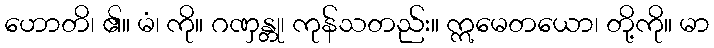
ဟောတိ၊ ၏။ မံ၊ ကို။ ဂဏှန္တု၊ ကုန်သတည်း။ ဣမေတယော၊ တို့ကို။ မာ